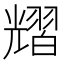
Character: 𦒉